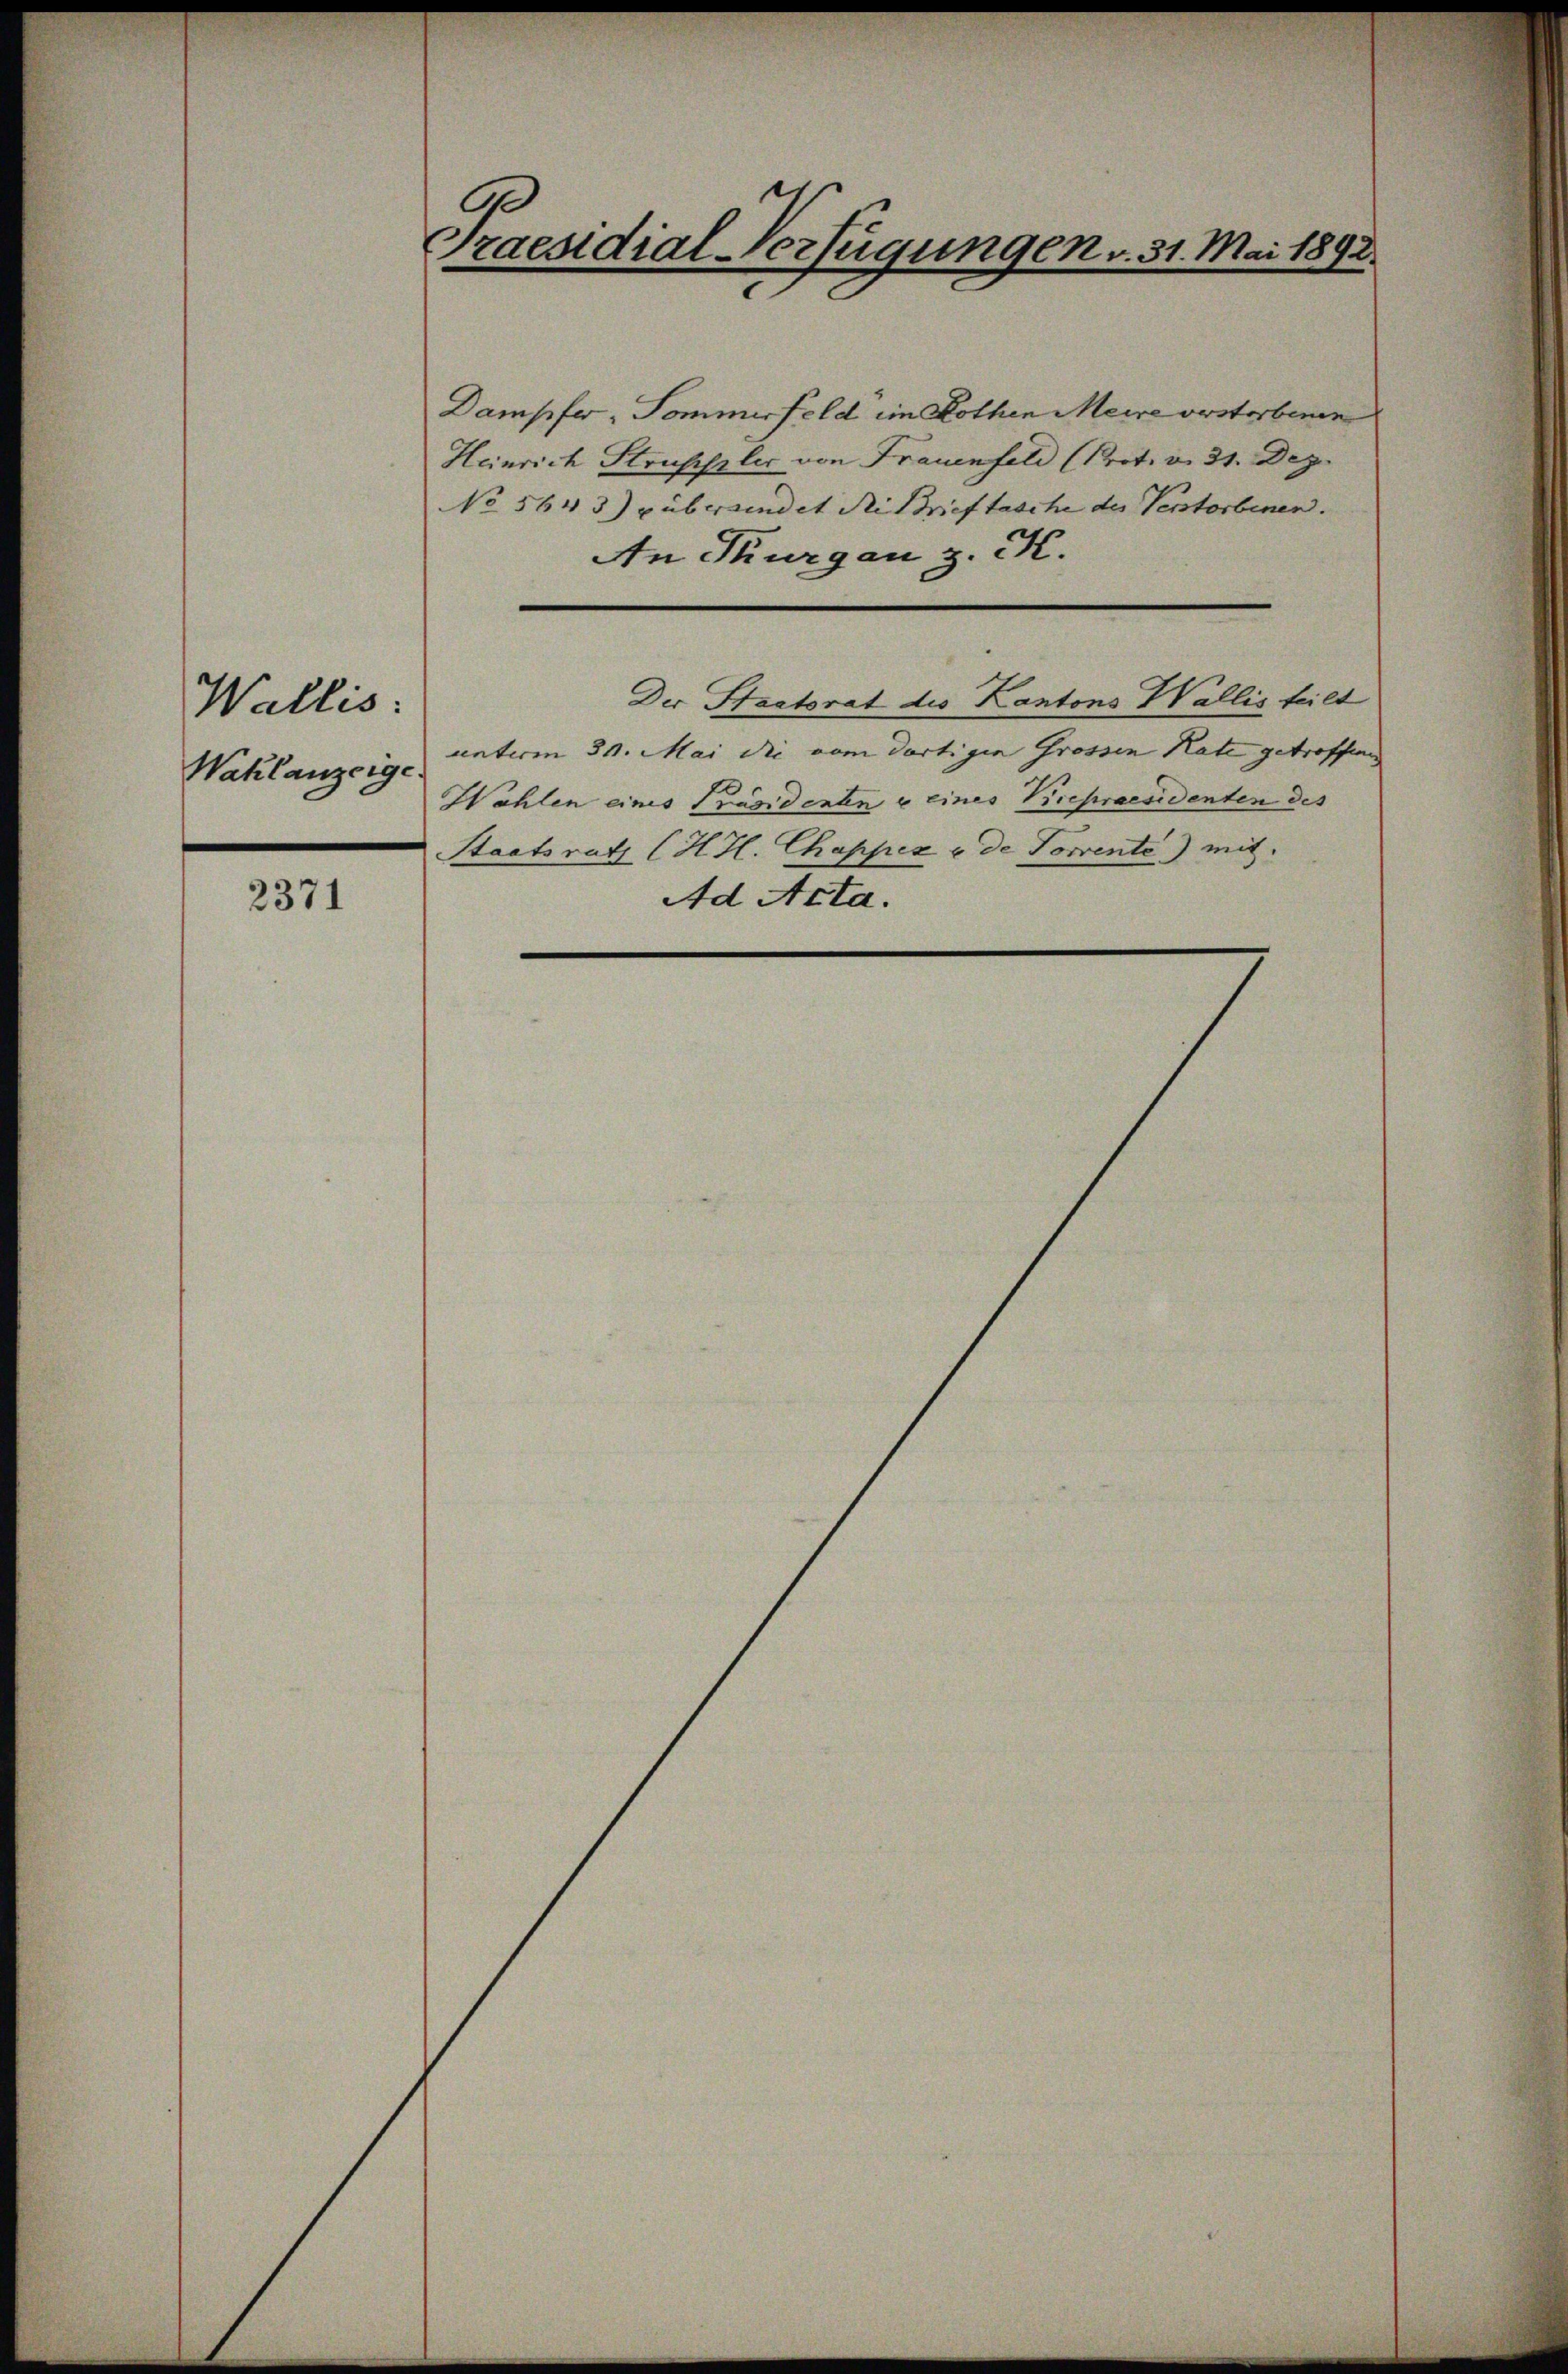
Wallis:
Wahlanzeige

2371

Ge
Praesidial-Verfügungen v. 31. Mai 1892.

Dampfer, Sommerfeld im Rothen Meire verstorbenen
Heinrich Strasseler von Frauenfeld (Prot. v. 31. Dez.
No 5643) püberwindet die Brieftasche des Verstorbenen.
An Thurgau z. K.
Der Staatsrat des Kantons Wallis teilt
unterm 30. Mai die vom dortigen Grossen Rate getroffen
Wöhlen eines Präsidenten u eines Krepraesidenten des
Staatsrath (H. H. Chappez u de Torrente) mit
Ad Acta.